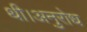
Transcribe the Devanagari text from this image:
थी।अनुरोध